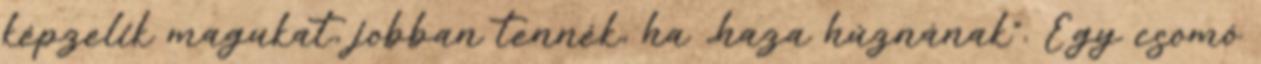
képzelik magukat, jobban tennék, ha „haza húznának”. Egy csomó